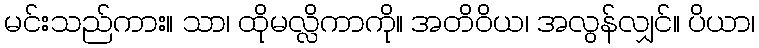
မင်းသည်ကား။ သာ၊ ထိုမလ္လိကာကို။ အတိဝိယ၊ အလွန်လျှင်။ ပိယာ၊